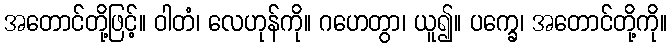
အတောင်တို့ဖြင့်။ ဝါတံ၊ လေဟုန်ကို။ ဂဟေတွာ၊ ယူ၍။ ပက္ခေ၊ အတောင်တို့ကို။